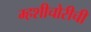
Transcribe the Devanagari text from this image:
म्हशीचोरीची